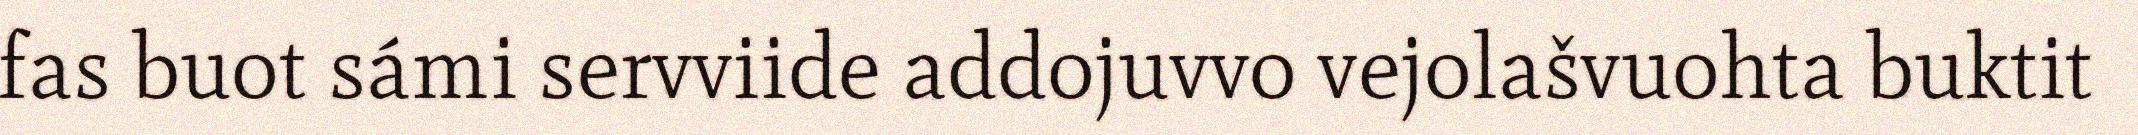
fas buot sámi servviide addojuvvo vejolašvuohta buktit